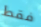
فقط